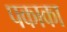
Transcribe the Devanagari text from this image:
पकाका